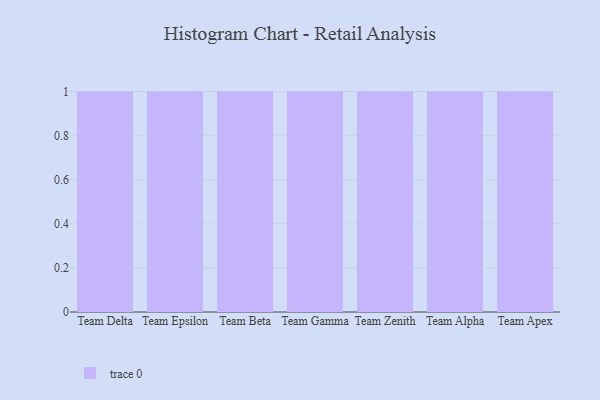
{"axis": {"x": "Team", "y": "Latency (ms)"}, "legend": [""], "data": [{"x": "Team Delta", "y": 78, "type": ""}, {"x": "Team Epsilon", "y": 51, "type": ""}, {"x": "Team Beta", "y": 67, "type": ""}, {"x": "Team Gamma", "y": 55, "type": ""}, {"x": "Team Zenith", "y": 46, "type": ""}, {"x": "Team Alpha", "y": 89, "type": ""}, {"x": "Team Apex", "y": 62, "type": ""}]}